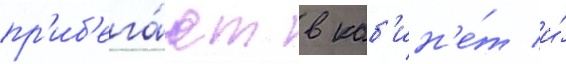
пр'иб'ега́ют в каб'ин'е́т и́